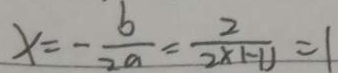
x = - \frac { b } { 2 a } = \frac { 2 } { 2 \times ( - 1 ) } = 1